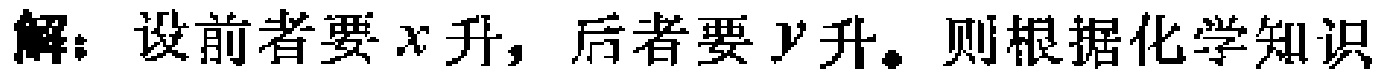
解：设前者要\(x\)升，后者要\(y\)升。则根据化学知识